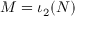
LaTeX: M = \iota _ { 2 } ( N )